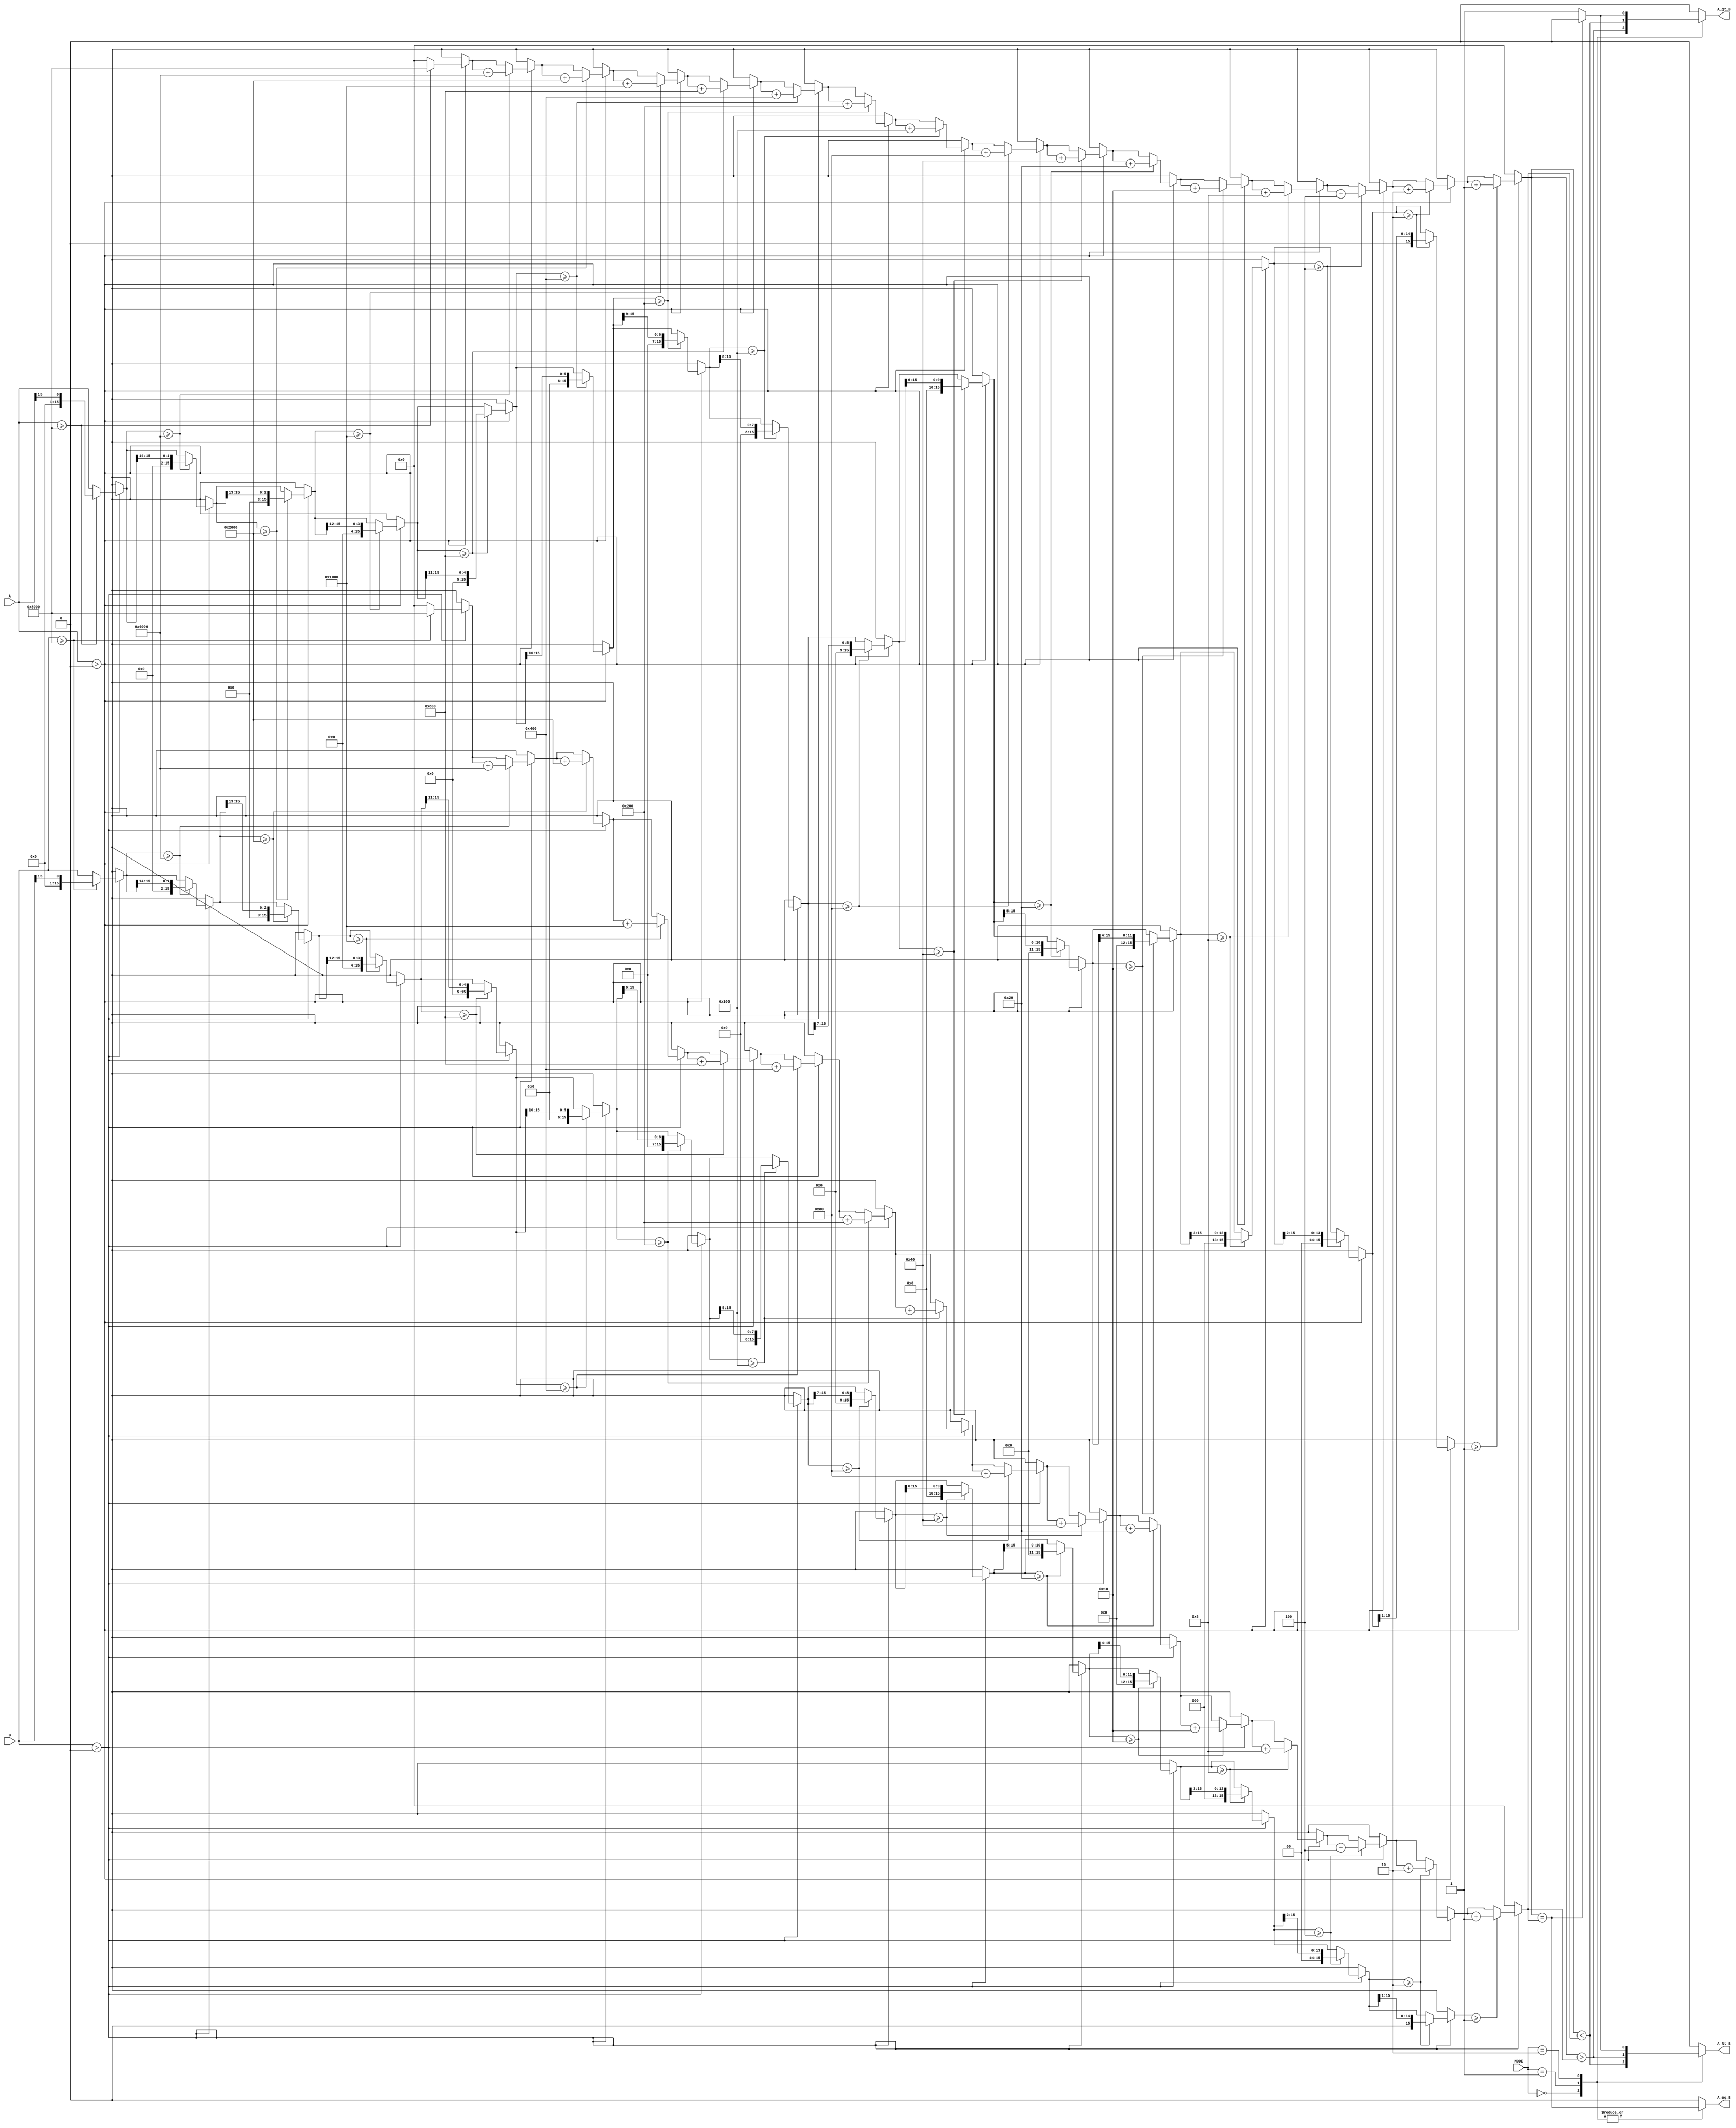
module LogarithmicComparator #(
    parameter WIDTH = 16 // Bit-width of input values
)(
    input  [WIDTH-1:0] A,      // Input A
    input  [WIDTH-1:0] B,      // Input B
    input  [1:0] MODE,         // Control signal for comparison mode
    output reg A_gt_B,         // A greater than B
    output reg A_lt_B,         // A less than B
    output reg A_eq_B          // A equal to B
);

// Function to compute logarithm base 2 (approximation)
function [WIDTH-1:0] log2_approx;
    input [WIDTH-1:0] x;
    reg [WIDTH-1:0] result;
    integer i;
    begin
        result = 0;
        if (x > 0) begin
            for (i = WIDTH-1; i >= 0; i = i - 1) begin
                if (x >= (1 << i)) begin
                    result = result + (1 << i);
                    x = x >> i; // Right shift x for the next iteration
                end
            end
        end
        log2_approx = result;
    end
endfunction

// Internal signals for logarithmic values
reg [WIDTH-1:0] log_A;
reg [WIDTH-1:0] log_B;

// Always block to perform comparisons
always @(*) begin
    // Calculate logarithmic values
    log_A = log2_approx(A);
    log_B = log2_approx(B);

    // Compare the logarithmic values based on the mode
    case (MODE)
        2'b00: begin // Greater than comparison
            A_gt_B = (log_A > log_B);
            A_lt_B = (log_A < log_B);
            A_eq_B = (log_A == log_B);
        end
        2'b01: begin // Less than comparison
            A_gt_B = (log_A < log_B);
            A_lt_B = (log_A > log_B);
            A_eq_B = (log_A == log_B);
        end
        2'b10: begin // Equal to comparison
            A_gt_B = (log_A == log_B) ? 1'b0 : 1'b1;
            A_lt_B = (log_A == log_B) ? 1'b0 : 1'b1;
            A_eq_B = (log_A == log_B);
        end
        default: begin // Default case
            A_gt_B = 1'b0;
            A_lt_B = 1'b0;
            A_eq_B = 1'b0;
        end
    endcase
end

endmodule